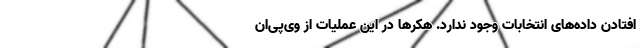
افتادن داده‌های انتخابات وجود ندارد. هکرها در این عملیات از وی‌پی‌ان